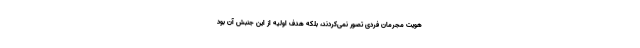
هویت مجرمان فردی تصور نمی‌کردند، بلکه هدف اولیه از این جنبش آن بود